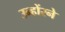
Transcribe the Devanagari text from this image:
उन्होंरने